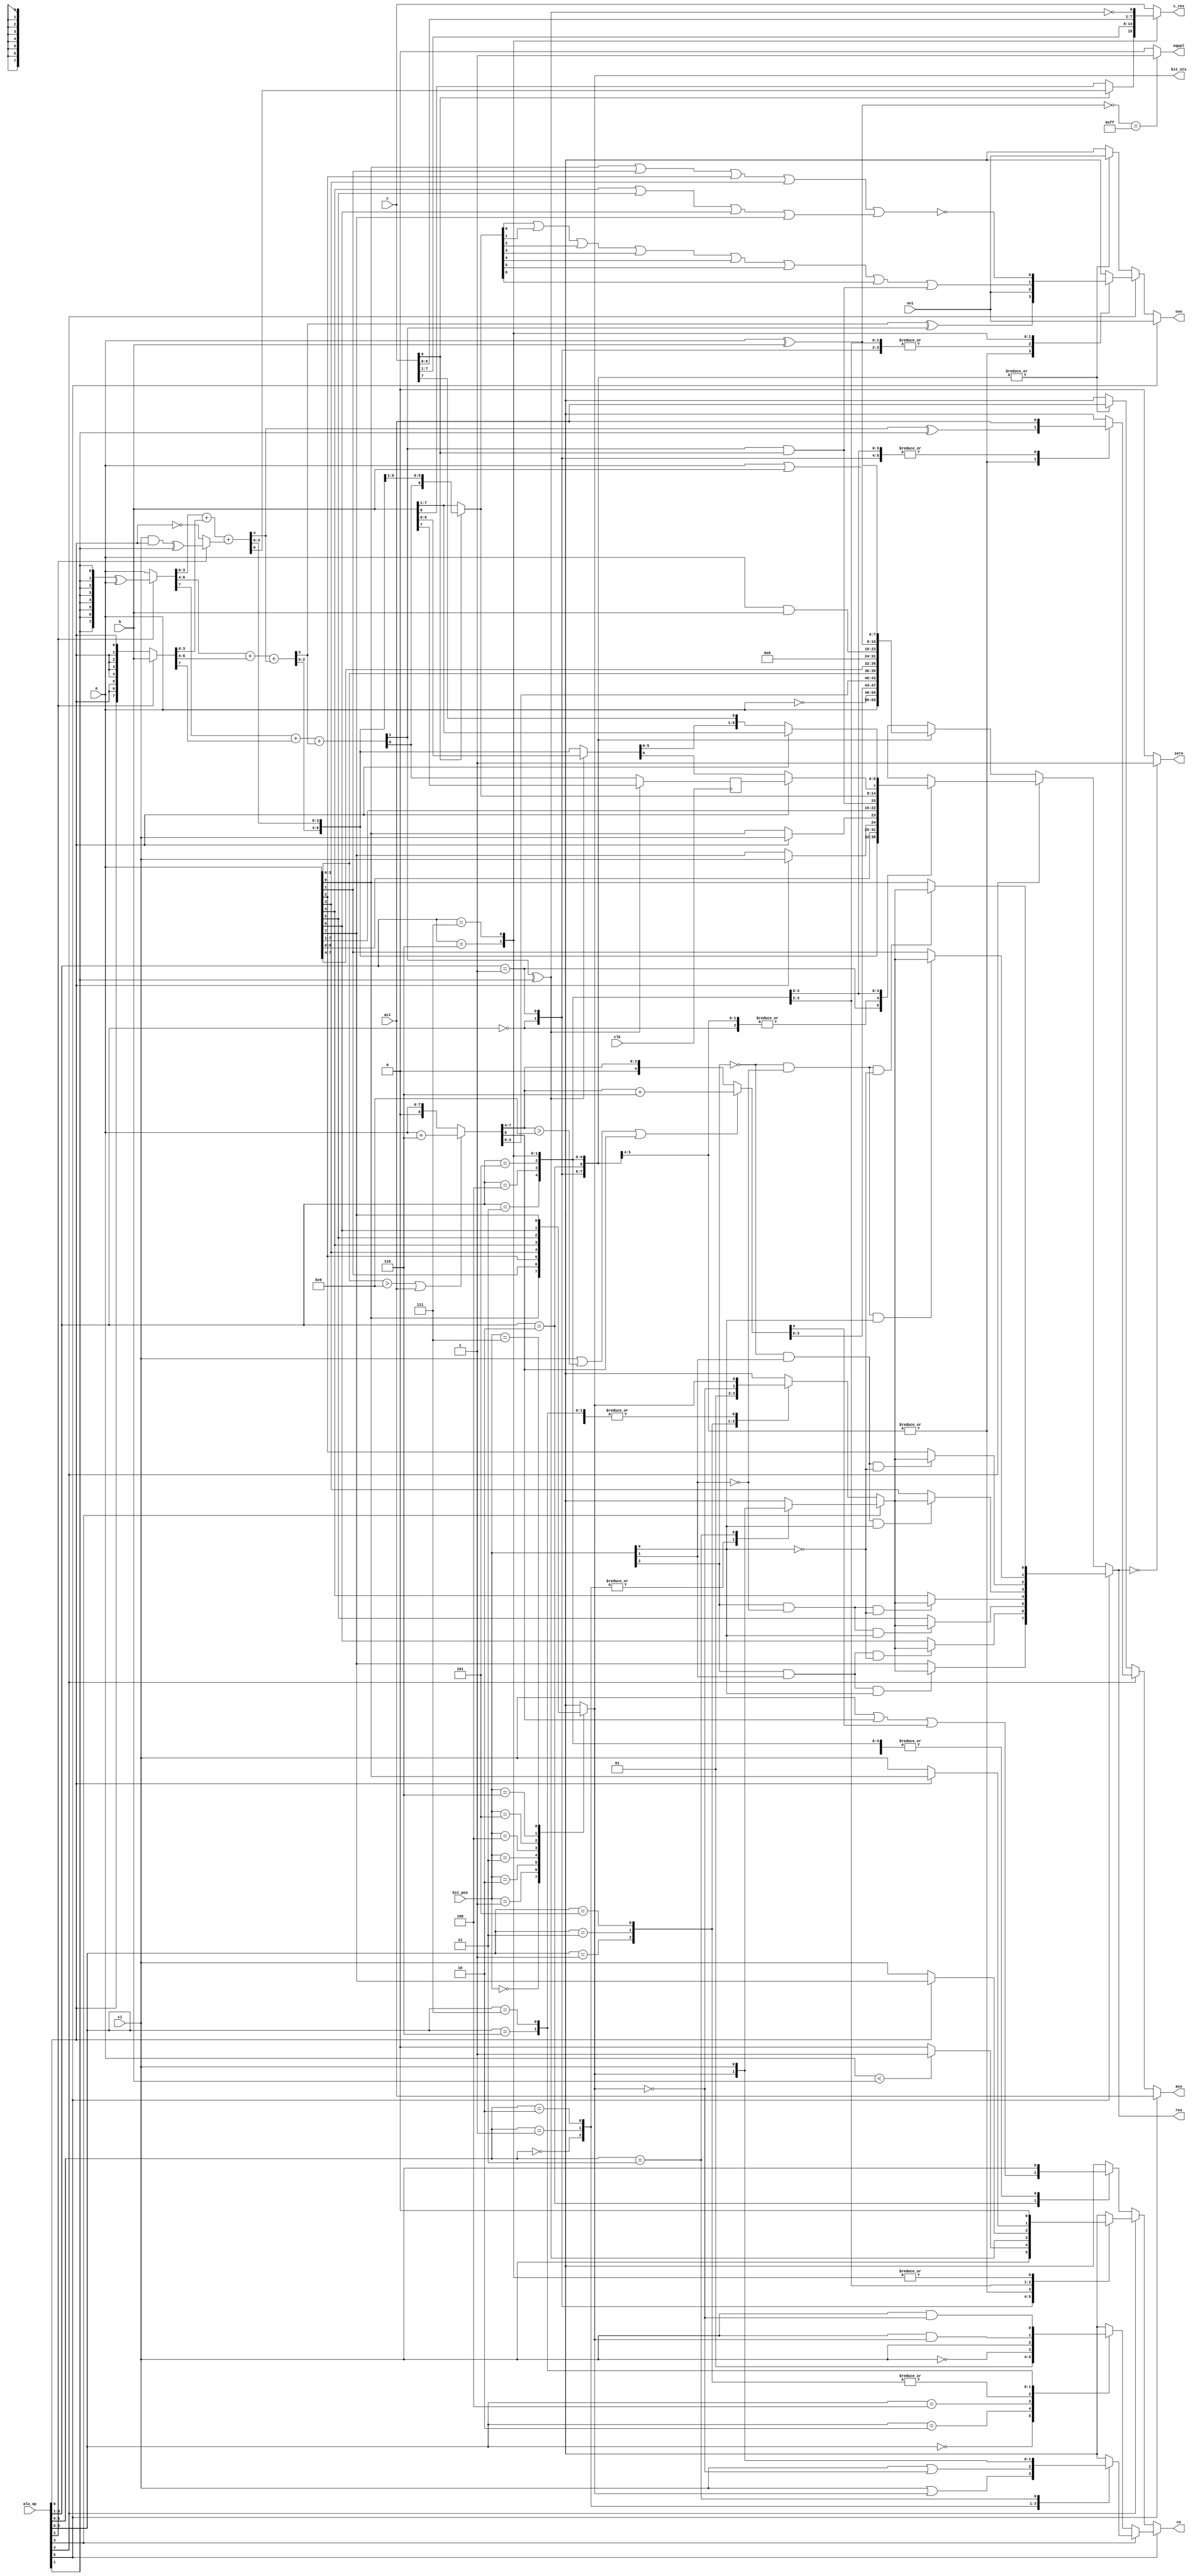
module DW8051_alu (clk,
                   a,			// a input
                   b,			// b input
                   c,			// c input
                   ci,			// carry in (CY)
                   aci,			// aux carry in (AC)
                   ovi,			// overflow in (CY)
                   res,			// result
                   c_res,		// result from input c
                   co,			// carry out (CY)
                   aco,			// aux carry out(AC)
                   ovo,			// overflow out (OV)
                   zero,		// result zero
                   equal,		// a=b
                   bit_sts,		// status of sel. bit
                   bit_pos,		// bit position (bit op)
                   alu_op               // alu operation
		   );		

 input clk;
 input [7:0] a;
 input [7:0] b;
 input [7:0] c;
 input ci;
 input aci;
 input ovi;
 output [7:0] res;
 output [7:0] c_res;
 output co;
 output aco;
 output ovo;
 output zero;
 output equal;
 output bit_sts;
 input [2:0] bit_pos;
 input [5:0] alu_op;

//------------------------------------------------------------------------------
//                             DESCRIPTION
//------------------------------------------------------------------------------
//
// alu_op codes:
//
// bit 5 4 3 2 1 0      Operation
// ------------------------------------------------
//     0 0 0 0 0 0      Transparent
//     0 0 0 0 0 1
//     0 0 0 0 1 0      CPL
//     0 0 0 0 1 1
//     0 0 0 1 0 0      DA
//     0 0 0 1 0 1
//     0 0 0 1 1 0      SWAP
//     0 0 0 1 1 1
//     0 0 1 0 0 0      CLR
//     0 0 1 0 0 1
//     0 0 1 0 1 0      ANL
//     0 0 1 0 1 1
//     0 0 1 1 0 0      ORL
//     0 0 1 1 0 1
//     0 0 1 1 1 0      XRL
//     0 0 1 1 1 1
//     0 1 0 0 0 0      INC
//     0 1 0 0 0 1      DEC
//     0 1 0 0 1 0      CMP
//     0 1 0 0 1 1
//     0 1 0 1 0 0      ADD
//     0 1 0 1 0 1      ADDC
//     0 1 0 1 1 0      SUB
//     0 1 0 1 1 1      SUBB
//     0 1 1 0 0 0      RL
//     0 1 1 0 0 1      RLC
//     0 1 1 0 1 0      RR
//     0 1 1 0 1 1      RRC
//     0 1 1 1 0 0      MUL (based on ADD)
//     0 1 1 1 0 1
//     0 1 1 1 1 0      DIV (based on SUB)
//     0 1 1 1 1 1      DIV shift right
//     --------------------
//     1 x 0 0 0 0      CLR C
//     1 x 0 0 0 1      CLR bit
//     1 x 0 0 1 0      SETB C
//     1 x 0 0 1 1      SETB bit
//     1 x 0 1 0 0      CPL C
//     1 x 0 1 0 1      CPL bit
//     1 x 0 1 1 0      ANL C,bit
//     1 x 0 1 1 1      ANL C,/bit
//     1 x 1 x 0 0      ORL C,bit
//     1 x 1 x 0 1      ORL C,/bit
//     1 x 1 x 1 0      MOV C,bit
//     1 x 1 x 1 1      MOV bit,C
//
//------------------------------------------------------------------------------

wire clk;
wire [7:0] a;
wire [7:0] b;
wire [7:0] c;
wire ci;
wire aci;
wire ovi;
wire [2:0] bit_pos;
wire [5:0] alu_op;
wire [7:0] res;
reg [7:0] c_res;
wire co;
wire aco;
wire ovo;
wire zero;
wire equal;
wire bit_sts;


//---------------
// local signals:
//---------------
wire alu_op0_n;
 
wire [7:0] cpl_res;
wire cpl_ac;
wire cpl_co;
wire cpl_ov;
 
wire [7:0] da_res;
wire da_ac;
wire da_co;
wire da_ov;
wire da_greater9_l;
wire da_add_06;
wire da_add_60;
wire da_greater9_h;
wire da_12,da_56;
wire [7:0] da_add_0;
wire [3:0] da_add_1;
wire [8:0] da_carry_0;
wire [4:0] da_carry_1;
wire [7:0] da_add_res_0;
wire [3:0] da_add_res_1;
 
wire [7:0] swap_res;
wire swap_ac;
wire swap_co;
wire swap_ov;
 
wire [7:0] clr_res;
wire clr_ac;
wire clr_co;
wire clr_ov;
 
wire [7:0] anl_res;
wire anl_ac;
wire anl_co;
wire anl_ov;
 
wire [7:0] orl_res;
wire orl_ac;
wire orl_co;
wire orl_ov;
 
wire [7:0] xrl_res;
wire xrl_ac;
wire xrl_co;
wire xrl_ov;
 
// wire for adder/subtractor (ADD,ADDC,SUBB):
wire as_ci;
wire as_carry0;
wire [8:0] asid_carry;
wire [7:0] as_a;			// a for add, not a for sub
wire [7:0] as_b;			// B for add, not B for sub
wire [7:0] asid_a;
wire [7:0] asid_b;
wire [7:0] asid_res;
wire as_ac;
wire as_co;
wire as_ov;
 
wire [7:0] aeqb;
wire [7:0] lt1;
wire [7:0] lt2;
wire [8:0] lt;
wire cmp_ac;
wire cmp_co;
wire cmp_ov;
 
wire [7:0] mul_res;
wire [7:0] mul_c_res;
wire mul_ac;
wire mul_co;
wire mul_ov_l;
wire mul_ov_h;
wire mul_ov;
 
wire [8:0] div_t_res;
wire [7:0] div_res;
reg div_res8;
wire div_res8_n;
wire [7:0] div_c_res;
wire div_ac;
wire div_co;
wire div_ov_l;
wire div_ov_h;
wire div_ov;
 
wire [7:0] rl_res;
wire rl_ac;
wire rl_co;
wire rl_ov;
 
wire [7:0] rr_res;
wire rr_ac;
wire rr_co;
wire rr_ov;
 
reg [7:0] lo_res;
reg [7:0] hi_res;
reg lo_ac;
reg hi_ac;
reg lo_co;
reg hi_co;
reg lo_ov;
reg hi_ov;
wire [7:0] arith_res;
wire arith_ac;
wire arith_ov;
wire arith_co;
 
wire bit_pos_0n;
wire bit_pos_1n;
wire bit_pos_2n;
wire [7:0] bit_mask;
reg sel_bit;				// selected bit
wire mod_bit;				// modified bit
reg mod_bit_l;
reg mod_bit_h;
wire bit_co;
reg bit_co_l;
reg bit_co_h;
wire [7:0] bit_res;			// result of bit op
 
wire clrc_co;
wire clrc_bit;
wire clrb_co;
wire clrb_bit;
wire setbc_co;
wire setbc_bit;
wire setbb_co;
wire setbb_bit;
wire cplc_co;
wire cplc_bit;
wire cplb_co;
wire cplb_bit;
wire anlcb_co;
wire anlcb_bit;
wire anlcbn_co;
wire anlcbn_bit;
wire orlcb_co;
wire orlcb_bit;
wire orlcbn_co;
wire orlcbn_bit;
wire movcb_co;
wire movcb_bit;
wire movbc_co;
wire movbc_bit;
 
wire [7:0] tmp_res;
 
wire [7:0] bit_co_vector_l;
wire [3:0] bit_co_vector_h;
wire [7:0] mod_bit_vector_l;
wire [3:0] mod_bit_vector_h;
wire [7:0] ac_vector_l;
wire [7:0] ac_vector_h;
wire [7:0] co_vector_l;
wire [7:0] co_vector_h;
wire [7:0] ov_vector_l;
wire [7:0] ov_vector_h;
//------------------------------------------------------------------------------

// alu_op inversions needed later:
assign alu_op0_n = ~alu_op[0];


//-----
// CPL:
//-----
  assign cpl_res = ~a;
  assign  cpl_ac  = aci; // no flags affected:
  assign  cpl_co  = ci;
  assign  cpl_ov  = ovi;



//----
// DA:
//----
		// Straight implementation of the DA instruction description
		// in the Intel 8051 User's Manual.
  assign  {da_carry_0[8],da_add_res_0[7:0]} = 
	     ((a[3:0] > 9) || (aci == 1)) ? (a[7:0] + 8'h06) :
			                     a[7:0];
  assign {da_carry_1[4],da_add_res_1[3:0]} = 
  	     ((ci == 1) || 
	      (da_add_res_0[7:4] > 9) ||
	      (da_carry_0[8] == 1)) ? (da_add_res_0[7:4] + 4'h6): 
				       da_add_res_0[7:4];

  assign  da_res  = {da_add_res_1[3:0], da_add_res_0[3:0]};

  // flags: co affected, ac,ov not affected:
  assign  da_ac  = aci;
  assign da_co = ci | da_carry_0[8] | da_carry_1[4] ;
  assign  da_ov  = ovi;



//------
// SWAP:
//------
  assign swap_res[3:0] = a[7:4];
  assign swap_res[7:4] = a[3:0];
  // no flags affected:
  assign  swap_ac  = aci;
  assign  swap_co  = ci;
  assign  swap_ov  = ovi;


//-----
// CLR:
//-----
  assign  clr_res  = 'b0;

  // no flags affected:
  assign  clr_ac  = aci;
  assign  clr_co  = ci;
  assign  clr_ov  = ovi;



//-----------
// ANL (AND):
//-----------
  assign anl_res = a & b;
  // no flags affected:
  assign  anl_ac  = aci;
  assign  anl_co  = ci;
  assign  anl_ov  = ovi;



//----------
// ORL (OR):
//----------
 assign orl_res = a | b;
  // no flags affected:
  assign  orl_ac  = aci;
  assign  orl_co  = ci;
  assign  orl_ov  = ovi;



//-----------
// XRL (XOR):
//-----------
  assign xrl_res = a ^ b;
  // no flags affected:
  assign  xrl_ac  = aci;
  assign  xrl_co  = ci;
  assign  xrl_ov  = ovi;


//-----------------------------------------
// ADD,ADDC,SUBB,INC and DEC is implemented
// as a mix of DW01_addsub(rpl) and
// DW01_incdec(rpl):
//-----------------------------------------
  // alu_op(0) determines if addition with/without carry:
  assign as_ci = ci & alu_op[0];

  // alu_op(1) determines if addition/subtraction:
  assign as_carry0 = as_ci ^ alu_op[1];

  // if (inc/dec) then asid_carry=1(inc), asid_carry=0(dec)
  // else asid_carry=as_carry
  assign asid_carry[0] = (alu_op[2]) ? as_carry0 : alu_op0_n; 

  // ci is active high
  // asid_carry is active low  inside carry chain for subtraction
  // asid_carry is active high inside carry chain for addition
  assign as_a = {alu_op[1],alu_op[1],alu_op[1],alu_op[1],
		 alu_op[1],alu_op[1],alu_op[1],alu_op[1]} ^ a ;
  assign asid_a = (alu_op[2]) ? as_a : a;
  assign asid_b = (alu_op[2] )? b : ({alu_op[0],alu_op[0], 
				      alu_op[0],alu_op[0], 
				      alu_op[0],alu_op[0], 
				      alu_op[0],alu_op[0]});
  assign {asid_carry[4],asid_res[3:0]} = asid_a[3:0] + asid_b[3:0] + 
					{3'b000,asid_carry[0]};
  assign {asid_carry[7],asid_res[6:4]} = asid_a[6:4] + asid_b[6:4] + 
					{2'b00,asid_carry[4]};
  assign {asid_carry[8],asid_res[7]} = asid_a[7] + asid_b[7] + asid_carry[7];


  // flags: ac, co and ov affected
  // carry out is always active high:
  assign as_ac = asid_carry[4] ^ alu_op[1];
  assign as_co = asid_carry[8] ^ alu_op[1];
  assign as_ov = asid_carry[7] ^ asid_carry[8];

//-----
// CMP:
//-----
//  assign lt[0] = 0;
  assign aeqb = ~(a ^ b);
//  assign lt1 = a | ~b ;
//  assign lt2 = ~(aeqb & lt);
//  assign lt[8:1] = ~(lt1[7:0] & lt2[7:0]);
  // flags: carry affected, ac,ov unchanged
  assign  cmp_ac  = aci;
//  assign  cmp_co  = lt [8];
  assign  cmp_co  = (a < b) ? 1 : 0;
  assign  cmp_ov  = ovi;




//-----
// MUL:
//-----
  // product (16 bit) is build of b & c:
  // if c(0) = 1 then shift right result of ADD,
  // else shift rigth input
  assign mul_res[6:0] = (c[0] == 0) ? b[7:1] : asid_res[7:1];
  // lower 8 bits:
  assign mul_c_res [6:0] = c[7:1];
  assign mul_res[7] = asid_carry[8] & c[0];
  assign mul_c_res[7] = (c[0] == 0) ? b[0] : asid_res[0];
  
  // flags: carry always cleared, ov affected, ac unchanged
  assign  mul_ac  = aci;
  assign  mul_co  = 0;
  // ov is set if result > 255
  assign mul_ov = mul_res[0] | mul_res[1] | mul_res[2] | mul_res[3] |
		  mul_res[4] | mul_res[5] | mul_res[6] | mul_res[7];



//-----
// DIV:
//-----
  // remainder (16 bit) is build of b&c:
  assign div_t_res[7:1] = (as_co == 0) ? asid_res[6:0] : b [6:0];
  assign div_c_res [7:1] = c[6:0];

  // save upper bit:
  assign div_t_res[8] = (as_co == 0) ? asid_res[7] : b[7];

  always @(posedge clk) 
    div_res8 <= div_t_res[8];
  assign div_res8_n = ~div_res8;

  assign  div_t_res [0] = c [7];

  assign div_c_res[0] = ~as_co;

  // if alu_op(0) = 1 then shift b right 1 bit:
  assign div_res[6:0] = (alu_op[0] == 0) ? div_t_res[6:0] : b[7:1];

  // msb bit is taken from saved bit:
  assign div_res[7] = (alu_op[0] == 0) ? div_t_res[7] : div_res8;


  // flags: carry always cleared, ov affected, ac unchanged
  assign  div_ac  = aci;
  assign  div_co  = 0;
  // ov is set if a=0:

  assign div_ov = ~((a[0] | a[1] | a[2] | a[3]) | (a[4] | a[5] | a[6] | a[7]));


//---------
// RL, RLC:
//---------
  // handle RL/RLC:
  // if (RLC) then rl_res(0)=ci else rl_res(0)=a(7)
  assign  rl_res [0] = (alu_op[0] == 0) ? a[7] : ci;
  assign  rl_res[7:1] = a[6:0];

  // flags: only co affected for RLC
  assign  rl_ac  = aci;
  // if (RLC) then rl_co=a(7)   else rl_co=ci
  assign rl_co = (alu_op[0] == 0) ? ci : a[7];
  assign  rl_ov  = ovi;



//---------
// RR, RRC:
//---------
  // handle RR/RRC:
  // if (RRC) then rr_res(7)=ci else rr_res(7)=a(0)
  assign  rr_res [7] = (alu_op[0] == 0) ? a[0] : ci;
  assign  rr_res [6:0] = a[7:1];

  // flags: only co affected for RRC
  assign  rr_ac  = aci;
  // if (RRC) then rr_co=a(0) else rr_co=ci
  assign rr_co = (alu_op[0] == 0) ? ci : a[0];
  assign  rr_ov  = ovi;



//***************************************************************************
//              B I T   O P E R A T I O N S
//***************************************************************************
 
  // bit pos decoder:
    assign bit_pos_0n = ~ bit_pos[0];
    assign bit_pos_1n = ~ bit_pos[1];
    assign bit_pos_2n = ~ bit_pos[2];
    assign bit_mask[0] = bit_pos_2n & bit_pos_1n & bit_pos_0n;
    assign bit_mask[1] = bit_pos_2n & bit_pos_1n & bit_pos[0];
    assign bit_mask[2] = bit_pos_2n & bit_pos[1] & bit_pos_0n;
    assign bit_mask[3] = bit_pos_2n & bit_pos[1] & bit_pos[0];
    assign bit_mask[4] = bit_pos[2] & bit_pos_1n & bit_pos_0n;
    assign bit_mask[5] = bit_pos[2] & bit_pos_1n & bit_pos[0];
    assign bit_mask[6] = bit_pos[2] & bit_pos[1] & bit_pos_0n;
    assign bit_mask[7] = bit_pos[2] & bit_pos[1] & bit_pos[0];

  // get bit to change:
  always @(bit_pos or a)
    case (bit_pos[2:0])	
      3'h0:  sel_bit <= a[0];
      3'h1:  sel_bit <= a[1];
      3'h2:  sel_bit <= a[2];
      3'h3:  sel_bit <= a[3];
      3'h4:  sel_bit <= a[4];
      3'h5:  sel_bit <= a[5];
      3'h6:  sel_bit <= a[6];
      3'h7:  sel_bit <= a[7];
      default: begin end
    endcase

  // change selected bit only:

  assign bit_res[7] = (bit_mask[7] == 0) ? a[7] : mod_bit;
  assign bit_res[6] = (bit_mask[6] == 0) ? a[6] : mod_bit;
  assign bit_res[5] = (bit_mask[5] == 0) ? a[5] : mod_bit;
  assign bit_res[4] = (bit_mask[4] == 0) ? a[4] : mod_bit;
  assign bit_res[3] = (bit_mask[3] == 0) ? a[3] : mod_bit;
  assign bit_res[2] = (bit_mask[2] == 0) ? a[2] : mod_bit;
  assign bit_res[1] = (bit_mask[1] == 0) ? a[1] : mod_bit;
  assign bit_res[0] = (bit_mask[0] == 0) ? a[0] : mod_bit;



//-------
// CLR C:
//-------
  assign  clrc_co  = 0;
  assign  clrc_bit = sel_bit;


//---------
// CLR bit:
//---------
   assign  clrb_co  = ci;
   assign  clrb_bit = 0;


//--------
// SETB C:
//--------
  assign  setbc_co  = 1;
  assign  setbc_bit = sel_bit;


//----------
// SETB bit:
//----------
  assign  setbb_co  = ci;
  assign  setbb_bit = 1;


//-------
// CPL C:
//-------
  assign cplc_co = ~ci;
  assign  cplc_bit  = sel_bit;


//---------
// CPL bit:
//---------
  assign  cplb_co  = ci;
  assign cplb_bit = ~sel_bit;


//-----------
// ANL C,bit:
//-----------
  assign anlcb_co = ci & sel_bit;
  assign  anlcb_bit  = sel_bit;


//-----------
// ANL C,/bit:
//-----------
  assign  anlcbn_co  = ci & ~sel_bit;
  assign  anlcbn_bit  = sel_bit;


//-----------
// ORL C,bit:
//-----------
  assign  orlcb_co = ci | sel_bit;
  assign  orlcb_bit  = sel_bit;


//------------
// ORL C,/bit:
//------------
  assign  orlcbn_co = ci | ~sel_bit;
  assign  orlcbn_bit  = sel_bit;


//-----------
// MOV C,bit:
//-----------
  assign  movcb_co  = sel_bit;
  assign  movcb_bit = sel_bit;


//-----------
// MOV bit,C:
//-----------
 assign  movbc_co  = ci;
 assign  movbc_bit = ci;



//***************************************************************************
//              O U T P U T     M U X
//***************************************************************************
 
  // Bit operations output mux:
  always @(alu_op or clrc_co or clrb_co or setbc_co or setbb_co or
		     cplc_co or cplb_co or anlcb_co or anlcbn_co) 
      case (alu_op[2:0])	
	3'h0: bit_co_l <= clrc_co;
	3'h1: bit_co_l <= clrb_co;
	3'h2: bit_co_l <= setbc_co;
	3'h3: bit_co_l <= setbb_co;
	3'h4: bit_co_l <= cplc_co;
	3'h5: bit_co_l <= cplb_co;
	3'h6: bit_co_l <= anlcb_co;
	3'h7: bit_co_l <= anlcbn_co;
        default: begin end
      endcase

  // higher is not fully decoded:
  always @(alu_op or orlcb_co or orlcbn_co or movcb_co or movbc_co)
      case (alu_op[1:0])	
	3'h0:  bit_co_h <= orlcb_co;
	3'h1:  bit_co_h <= orlcbn_co;
	3'h2:  bit_co_h <= movcb_co;
	3'h3:  bit_co_h <= movbc_co;
        default: begin end
      endcase

  assign bit_co = (alu_op[3] == 0) ? bit_co_l : bit_co_h;

  always @(alu_op or clrc_bit or clrb_bit or setbc_bit or setbb_bit or
		     cplc_bit or cplb_bit or anlcb_bit or anlcbn_bit) 
      case (alu_op[2:0])	
	3'h0: mod_bit_l <= clrc_bit;
	3'h1: mod_bit_l <= clrb_bit;
	3'h2: mod_bit_l <= setbc_bit;
	3'h3: mod_bit_l <= setbb_bit;
	3'h4: mod_bit_l <= cplc_bit;
	3'h5: mod_bit_l <= cplb_bit;
	3'h6: mod_bit_l <= anlcb_bit;
	3'h7: mod_bit_l <= anlcbn_bit;
        default: begin end
      endcase

  always @(alu_op or orlcb_bit or orlcbn_bit or movcb_bit or movbc_bit)
      case (alu_op[1:0])	
	3'h0:  mod_bit_h <= orlcb_bit;
	3'h1:  mod_bit_h <= orlcbn_bit;
	3'h2:  mod_bit_h <= movcb_bit;
	3'h3:  mod_bit_h <= movbc_bit;
        default: begin end
      endcase

  assign mod_bit = (alu_op[3] == 0) ? mod_bit_l : mod_bit_h;

//--------------
// muxes for res:
//--------------
  always @(alu_op or a or cpl_res or da_res or swap_res or clr_res or
		     anl_res or orl_res or xrl_res)
    case (alu_op[3:1])	
      3'h0: lo_res <= a;
      3'h1: lo_res <= cpl_res;
      3'h2: lo_res <= da_res;
      3'h3: lo_res <= swap_res;
      3'h4: lo_res <= clr_res;
      3'h5: lo_res <= anl_res;
      3'h6: lo_res <= orl_res;
      3'h7: lo_res <= xrl_res;
      default: begin end
    endcase

  always @(alu_op or asid_res or a or rl_res or rr_res or mul_res or div_res)
    case (alu_op[3:1])	
      3'h0: hi_res <= asid_res;
      3'h1: hi_res <= a;
      3'h2: hi_res <= asid_res;
      3'h3: hi_res <= asid_res;
      3'h4: hi_res <= rl_res;
      3'h5: hi_res <= rr_res;
      3'h6: hi_res <= mul_res;
      3'h7: hi_res <= div_res;
      default: begin end
    endcase

  assign arith_res = (alu_op[4] == 0) ? lo_res : hi_res;
  assign tmp_res = (alu_op[5] == 0) ? arith_res : bit_res;

  assign  res  = tmp_res;


//--------------
// muxes for ac
//--------------
  always @(alu_op or aci or cpl_ac or da_ac or swap_ac or clr_ac or
		     anl_ac or orl_ac or xrl_ac)
    case (alu_op[3:1])	
      3'h0: lo_ac <= aci;
      3'h1: lo_ac <= cpl_ac;
      3'h2: lo_ac <= da_ac;
      3'h3: lo_ac <= swap_ac;
      3'h4: lo_ac <= clr_ac;
      3'h5: lo_ac <= anl_ac;
      3'h6: lo_ac <= orl_ac;
      3'h7: lo_ac <= xrl_ac;
      default: begin end
    endcase

  always @(alu_op or aci or cmp_ac or as_ac or rl_ac or rr_ac or 
		     mul_ac or div_ac)
    case (alu_op[3:1])	
      3'h0: hi_ac <= aci;
      3'h1: hi_ac <= cmp_ac;
      3'h2: hi_ac <= as_ac;
      3'h3: hi_ac <= as_ac;
      3'h4: hi_ac <= rl_ac;
      3'h5: hi_ac <= rr_ac;
      3'h6: hi_ac <= mul_ac;
      3'h7: hi_ac <= div_ac;
      default: begin end
    endcase

  assign arith_ac = (alu_op[4] == 0) ? lo_ac : hi_ac;
  assign aco = (alu_op[5] == 0) ? arith_ac : aci;

//--------------
// muxes for co:
//--------------

  always @(alu_op or ci or cpl_co or da_co or swap_co or clr_co or
		     anl_co or orl_co or xrl_co)
    case (alu_op[3:1])	
      3'h0: lo_co <= ci;
      3'h1: lo_co <= cpl_co;
      3'h2: lo_co <= da_co;
      3'h3: lo_co <= swap_co;
      3'h4: lo_co <= clr_co;
      3'h5: lo_co <= anl_co;
      3'h6: lo_co <= orl_co;
      3'h7: lo_co <= xrl_co;
      default: begin end
    endcase

  always @(alu_op or ci or cmp_co or as_co or rl_co or rr_co or 
		     mul_co or div_co)
    case (alu_op[3:1])	
      3'h0: hi_co <= ci;
      3'h1: hi_co <= cmp_co;
      3'h2: hi_co <= as_co;
      3'h3: hi_co <= as_co;
      3'h4: hi_co <= rl_co;
      3'h5: hi_co <= rr_co;
      3'h6: hi_co <= mul_co;
      3'h7: hi_co <= div_co;
      default: begin end
    endcase


  assign arith_co = (alu_op[4] == 0) ? lo_co : hi_co;
  assign co = (alu_op[5] == 0) ? arith_co : bit_co;

//--------------
// muxes for ov:
//--------------

  always @(alu_op or ovi or cpl_ov or da_ov or swap_ov or clr_ov or
		     anl_ov or orl_ov or xrl_ov)
    case (alu_op[3:1])	
      3'h0: lo_ov <= ovi;
      3'h1: lo_ov <= cpl_ov;
      3'h2: lo_ov <= da_ov;
      3'h3: lo_ov <= swap_ov;
      3'h4: lo_ov <= clr_ov;
      3'h5: lo_ov <= anl_ov;
      3'h6: lo_ov <= orl_ov;
      3'h7: lo_ov <= xrl_ov;
      default: begin end
    endcase

  always @(alu_op or ovi or cmp_ov or as_ov or rl_ov or rr_ov or 
		     mul_ov or div_ov)
    case (alu_op[3:1])	
      3'h0: hi_ov <= ovi;
      3'h1: hi_ov <= cmp_ov;
      3'h2: hi_ov <= as_ov;
      3'h3: hi_ov <= as_ov;
      3'h4: hi_ov <= rl_ov;
      3'h5: hi_ov <= rr_ov;
      3'h6: hi_ov <= mul_ov;
      3'h7: hi_ov <= div_ov;
      default: begin end
    endcase

  assign arith_ov = (alu_op[4] == 0) ? lo_ov : hi_ov;
  assign ovo = (alu_op[5] == 0) ? arith_ov : ovi;


//---------------
// mux for c_res:
//---------------
  always @(alu_op or mul_c_res or div_c_res or c)
    case (alu_op[3:1])
      3'b110:  c_res <= mul_c_res;
      3'b111:  c_res <= div_c_res;
      default: c_res <= c;
    endcase

//----------------------
// Zero flag generation:
//----------------------

  assign zero = (tmp_res == 0) ? 1 : 0;


//-----------------------
// Equal flag generation:
//-----------------------

   assign equal = (aeqb == 8'hff) ? 1 : 0;


//-----------------------
// Bit status generation:
//-----------------------
  assign  bit_sts  = sel_bit;



endmodule